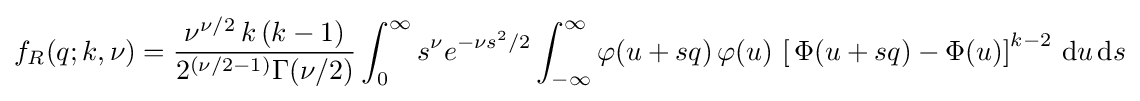
f_{R}(q;k,\nu )={\frac {\nu ^{\nu /2}\,k\,(k-1)}{2^{\left(\nu /2-1\right)}\Gamma (\nu /2)}}\int _{0}^{\infty }s^{\nu }e^{-\nu s^{2}/2}\int _{-\infty }^{\infty }\varphi (u+sq)\,\varphi (u)\,\left[\,\Phi (u+sq)-\Phi (u)\right]^{k-2}\,\mathrm {d} u\,\mathrm {d} s